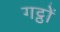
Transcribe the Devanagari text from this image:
गट्ठों